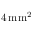
4 \, \mathrm { m m } ^ { 2 }